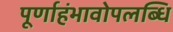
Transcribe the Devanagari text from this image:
पूर्णाहंभावोपलब्धि